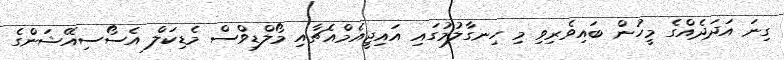
ގިނަ އަދަދެއްގެ މީހުން ބައިވެރިވި މި ހިނގާލުމުގައި އައިޖީއެމްއެޗާއި މޯލްޑިވްސް މެޑިކަލް އެސޯސިއޭޝަންގެ